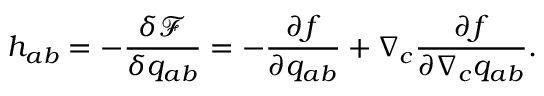
h _ { a b } = - \frac { \delta \mathcal { F } } { \delta { q } _ { a b } } = - \frac { \partial f } { \partial { q } _ { a b } } + \nabla _ { c } \frac { \partial f } { \partial \nabla _ { c } { q } _ { a b } } .